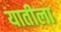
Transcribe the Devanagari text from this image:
यातीला